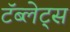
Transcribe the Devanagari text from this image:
टॅब्लेट्‍स